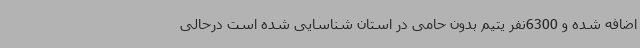
اضافه شده و 6300نفر یتیم بدون حامی در استان شناسایی شده است درحالی